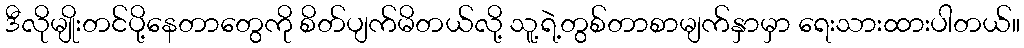
ဒီလိုမျိုးတင်ပို့နေတာတွေကို စိတ်ပျက်မိတယ်လို့ သူ့ရဲ့တွစ်တာစာမျက်နှာမှာ ရေးသားထားပါတယ်။